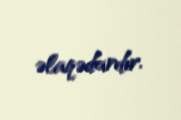
əlaqədardır.